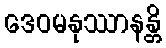
ဒေဝမနုဿာနန္တိ